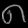
Digit: ၈